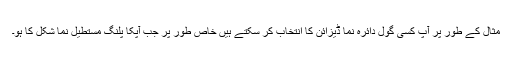
مثال کے طور پر آپ کسی گول دائرہ نما ڈیزائن کا انتخاب کر سکتے ہیں خاص طور پر جب آپکا پلنگ مستطیل نما شکل کا ہو۔